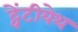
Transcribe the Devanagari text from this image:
ट्वेंटीयेथ